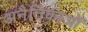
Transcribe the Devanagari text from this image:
अनैतिकाओं